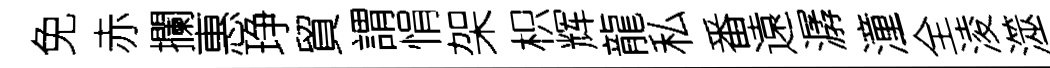
免赤攔惠琤貿謂悁架枳辉龍私番遠潺潼全淩澨